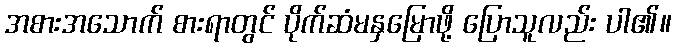
အစားအသောက် စားရာတွင် ပိုက်ဆံမနှမြောဖို့ ပြောသူလည်း ပါ၏။